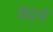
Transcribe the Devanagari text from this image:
कॆंद्राचे